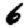
Digit: 6